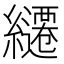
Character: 𮉓